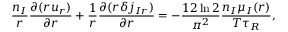
\frac { n _ { I } } { r } \frac { \partial ( r u _ { r } ) } { \partial r } + \frac { 1 } { r } \frac { \partial ( r \delta j _ { I r } ) } { \partial r } = - \frac { 1 2 \ln 2 } { \pi ^ { 2 } } \frac { n _ { I } \mu _ { I } ( r ) } { T \tau _ { R } } ,